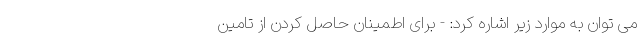
می توان به موارد زیر اشاره کرد: - برای اطمینان حاصل کردن از تامین